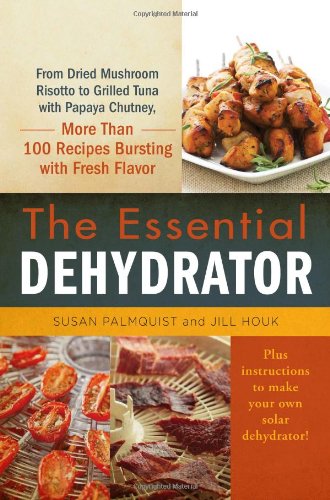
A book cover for The Essential Dehydrator: From Dried Mushroom Risotto to Grilled Tuna with Papaya Chutney, More Than 100 Recipes Bursting with Fresh Flavor; Susan Palmquist; Cookbooks, Food & Wine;